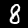
Digit: 8